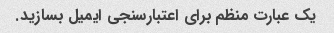
یک عبارت منظم برای اعتبارسنجی ایمیل بسازید.